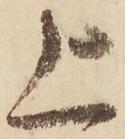
上